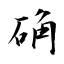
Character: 确